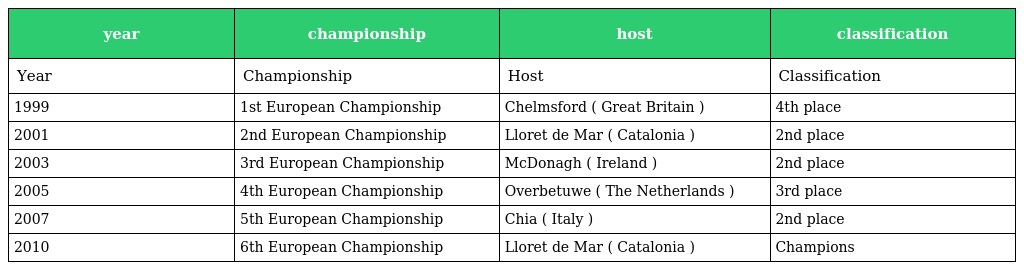
| year | championship | host | classification |
 | --- | --- | --- | --- |
 | Year | Championship | Host | Classification |
 | 1999 | 1st European Championship | Chelmsford ( Great Britain ) | 4th place |
 | 2001 | 2nd European Championship | Lloret de Mar ( Catalonia ) | 2nd place |
 | 2003 | 3rd European Championship | McDonagh ( Ireland ) | 2nd place |
 | 2005 | 4th European Championship | Overbetuwe ( The Netherlands ) | 3rd place |
 | 2007 | 5th European Championship | Chia ( Italy ) | 2nd place |
 | 2010 | 6th European Championship | Lloret de Mar ( Catalonia ) | Champions |